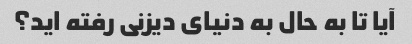
آیا تا به حال به دنیای دیزنی رفته اید؟